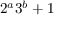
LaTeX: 2 ^ { a } 3 ^ { b } + 1